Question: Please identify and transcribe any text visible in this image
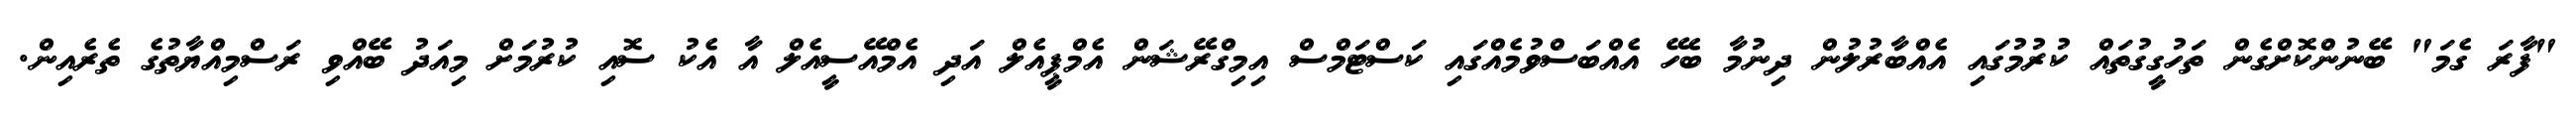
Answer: "ފާރަ ގެމަ" ބޭނުންކޮށްގެން ތަހުގީގުތައް ކުރުމުގައި އެއްބާރުލުން ދިނުމާ ބެހޭ އެއްބަސްވުމެއްގައި ކަސްޓަމްސް އިމިގްރޭޝަން އެމްޕީއެލް އަދި އެމްއޭސީއެލް އާ އެކު ސޮއި ކުރުމަށް މިއަދު ބޭއްވި ރަސްމިއްޔާތުގެ ތެރެއިން.